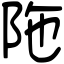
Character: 陁